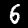
Digit: 6